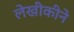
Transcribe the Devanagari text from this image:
लेखीकीने